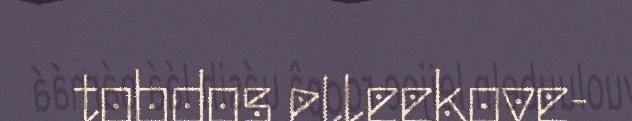
tobdos elleekove-